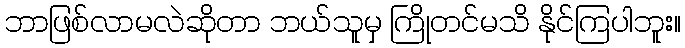
ဘာဖြစ်လာမလဲဆိုတာ ဘယ်သူမှ ကြိုတင်မသိ နိုင်ကြပါဘူး။